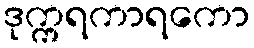
ဒုက္ကရကာရကော